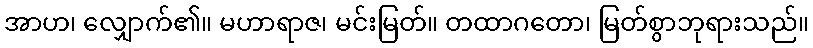
အာဟ၊ လျှောက်၏။ မဟာရာဇ၊ မင်းမြတ်။ တထာဂတော၊ မြတ်စွာဘုရားသည်။